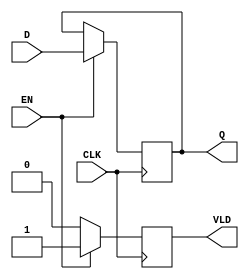
module pipeline_buffer #(parameter DATA_WIDTH = 8) (
    input  wire [DATA_WIDTH-1:0] D,     // Data Input
    input  wire CLK,                     // Clock
    input  wire EN,                      // Enable
    output reg  [DATA_WIDTH-1:0] Q,      // Data Output
    output reg  VLD                      // Valid
);

// Sequential logic to implement the buffer
always @(posedge CLK) begin
    if (EN) begin
        Q <= D;      // Latch the new data
        VLD <= 1;    // Data is valid
    end else begin
        // If EN is low, retain the previous value
        VLD <= 0;    // Data is not valid
    end
end

endmodule